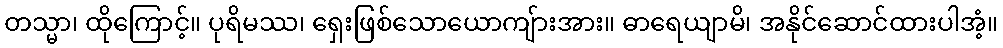
တသ္မာ၊ ထိုကြောင့်။ ပုရိမဿ၊ ရှေးဖြစ်သောယောကျ်ားအား။ ဓာရေယျာမိ၊ အနိုင်ဆောင်ထားပါအံ့။